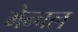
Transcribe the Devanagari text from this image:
मेन्चल